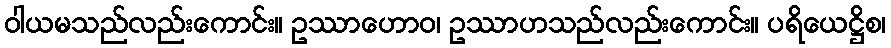
ဝါယမသည်လည်းကောင်း။ ဥဿာဟောဝ၊ ဥဿာဟသည်လည်းကောင်း။ ပရိယေဋ္ဌိစ၊